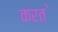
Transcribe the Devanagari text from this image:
करत॓